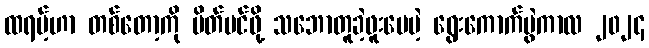
ထရမ့်ဟာ တစ်တော့ကို ပိတ်ပင်ဖို့ သဘောတူခဲ့ဖူးပေမဲ့ ရွေးကောက်ပွဲကာလ ၂၀၂၄